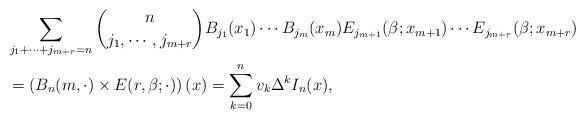
LaTeX: \begin{align*} & \sum_{j_1+\cdots +j_{m+r}=n} \binom{n}{j_1,\cdots, j_{m+r}}B_{j_1}(x_1)\cdots B_{j_m}(x_m)E_{j_{m+1}}(\beta; x_{m+1})\cdots E_{j_{m+r}}(\beta; x_{m+r})\\ & = \left ( B_n(m,\cdot)\times E(r,\beta;\cdot)\right )(x)=\sum_{k=0}^n v_k \Delta^k I_n(x), \end{align*}